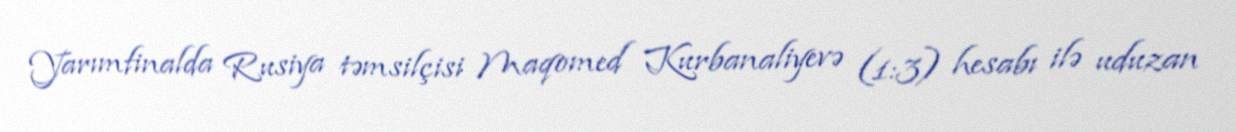
Yarımfinalda Rusiya təmsilçisi Maqomed Kurbanaliyevə (1:3) hesabı ilə uduzan